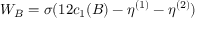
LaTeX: W _ { B } = \sigma ( 1 2 c _ { 1 } ( B ) - \eta ^ { ( 1 ) } - \eta ^ { ( 2 ) } )